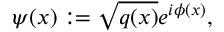
\psi ( \boldsymbol x ) : = \sqrt { q ( \boldsymbol x ) } e ^ { i \phi ( \boldsymbol x ) } ,